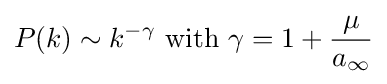
P(k)\sim k^{-\gamma }{\text{ with }}\gamma =1+{\frac {\mu }{a_{\infty }}}